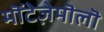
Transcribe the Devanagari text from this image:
मॊंटेज़ेमॊलॊ